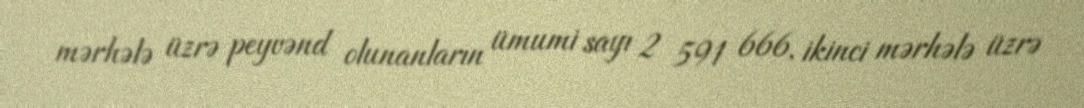
mərhələ üzrə peyvənd olunanların ümumi sayı 2 591 666, ikinci mərhələ üzrə